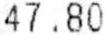
47.80